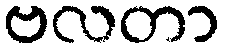
ဗလတာ